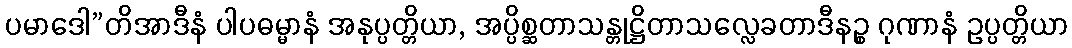
ပမာဒေါ”တိအာဒီနံ ပါပဓမ္မာနံ အနုပ္ပတ္တိယာ, အပ္ပိစ္ဆတာသန္တုဋ္ဌိတာသလ္လေခတာဒီနဉ္စ ဂုဏာနံ ဥပ္ပတ္တိယာ